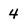
Character: 4